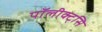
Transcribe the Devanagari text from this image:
पॉलीक्ट्सि